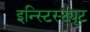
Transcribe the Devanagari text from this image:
इन्स्टिस्ट्यूट